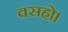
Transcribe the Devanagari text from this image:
वसहो।